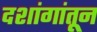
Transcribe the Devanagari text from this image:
दशांगांतून